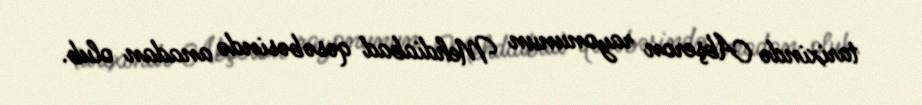
tarixində Abşeron rayonunun Mehdiabad qəsəbəsində anadan olub.